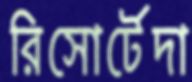
রিসোর্টেদা